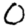
Digit: 0